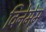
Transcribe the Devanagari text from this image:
विनेमेम